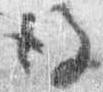
後